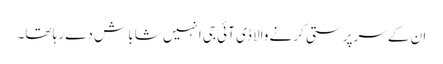
ان کے سرپرستی کرنے والا ڈی آئی جی انہیں شاباش دے رہا تھا۔